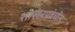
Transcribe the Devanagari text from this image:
शासनप्रबंधीय